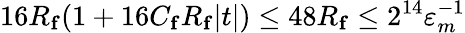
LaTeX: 16R_{\mathbf{f}}(1+16C_{\mathbf{f}}R_{\mathbf{f}}|t|)\leq 48R_{\mathbf{f}}\leq 2^{14}\varepsilon_{m}^{-1}